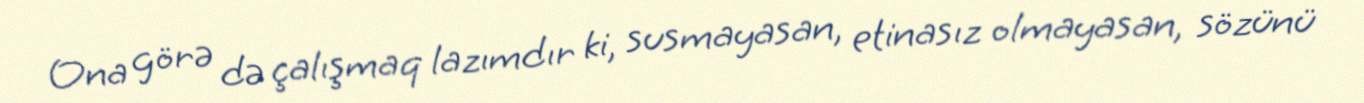
Ona görə də çalışmaq lazımdır ki, susmayasan, etinasız olmayasan, sözünü